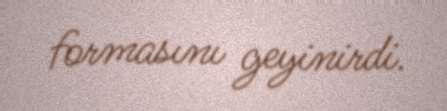
formasını geyinirdi.